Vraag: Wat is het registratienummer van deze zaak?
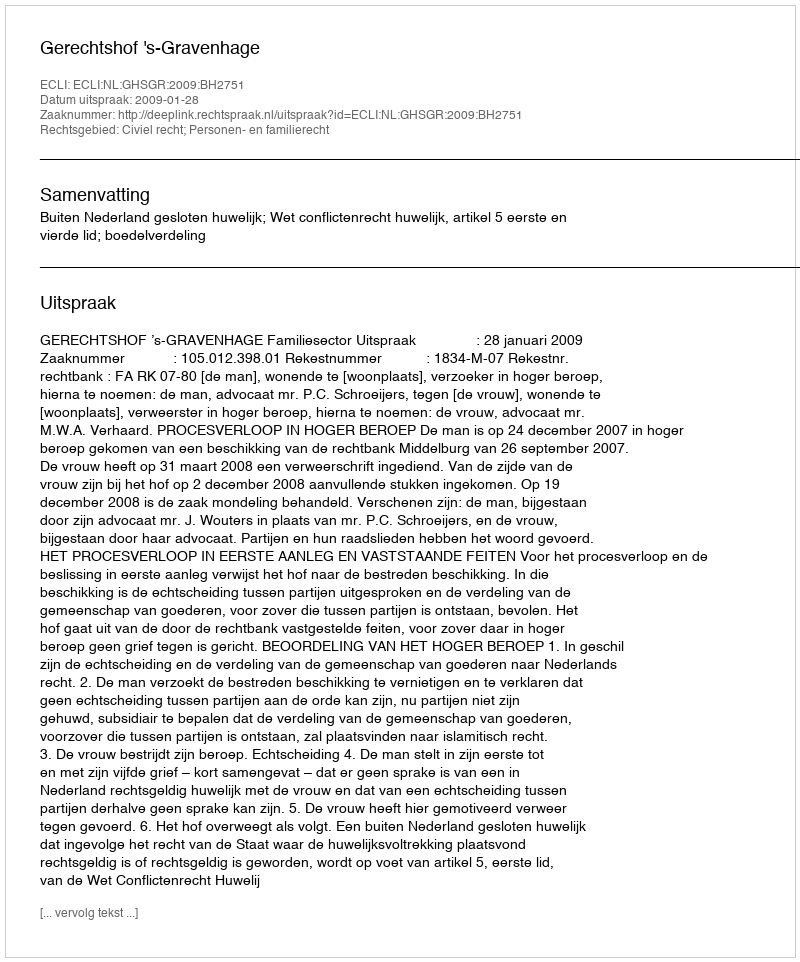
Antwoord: http://deeplink.rechtspraak.nl/uitspraak?id=ECLI:NL:GHSGR:2009:BH2751